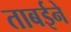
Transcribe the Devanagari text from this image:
ताबईने